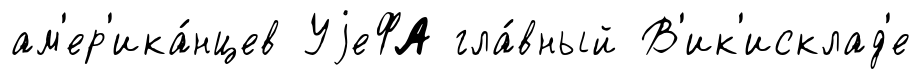
ам'ер'ика́нцев УjеФА гла́вный В'ик'исклад'е